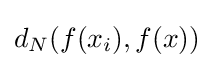
d_{N}(f(x_{i}),f(x))